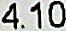
4.10